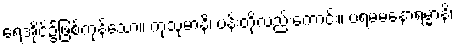
ရေအိုင်၌ဖြစ်ကုန်သော။ ကုသုမာနိ၊ ပန်းတို့လည်းကောင်း။ ပရမမနောရမ္မာနိ၊